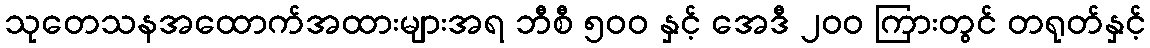
သုတေသနအထောက်အထားများအရ ဘီစီ ၅၀၀ နှင့် အေဒီ ၂၀၀ ကြားတွင် တရုတ်နှင့်